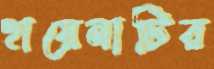
হায়েনাটির